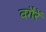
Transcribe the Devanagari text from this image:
वगैरें